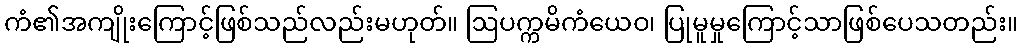
ကံ၏အကျိုးကြောင့်ဖြစ်သည်လည်းမဟုတ်။ ဩပက္ကမိကံယေဝ၊ ပြုမူမှုကြောင့်သာဖြစ်ပေသတည်း။